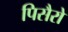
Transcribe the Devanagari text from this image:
पिसैरो